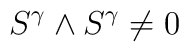
S^{\gamma } \wedge S^{\gamma } \not = 0 \label H